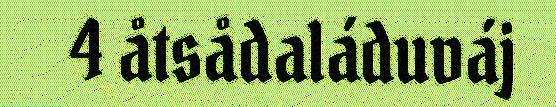
4 åtsådaláduváj